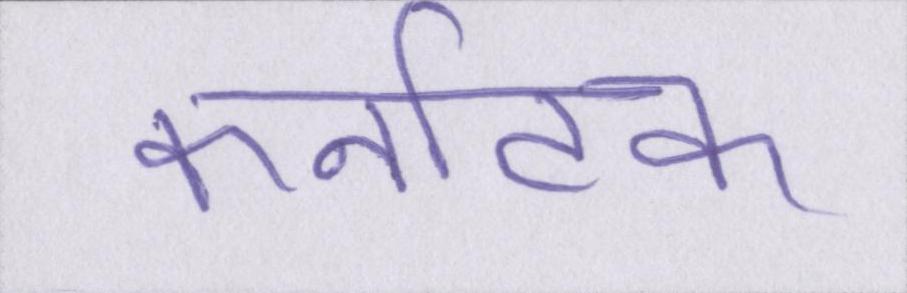
कर्नाटक